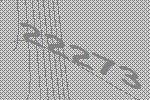
22273